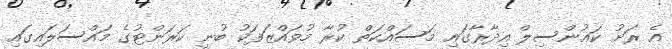
އެ ރަށު ކައުންސިލް އިދާރާގައި މަސައްކަތް ކުރާ މުވައްޒަފަކު ބުނީ ކަރަންޓުގެ މައްސަލައިގައި